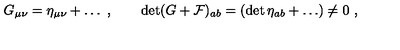
G _ { \mu \nu } = \eta _ { \mu \nu } + \dots \ , \qquad \det ( G + { \cal F } ) _ { a b } = ( \det \eta _ { a b } + \dots ) \neq 0 \ ,